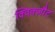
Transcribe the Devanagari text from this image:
क्विक्ज़ौट